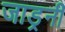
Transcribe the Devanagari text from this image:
जाड्रनी